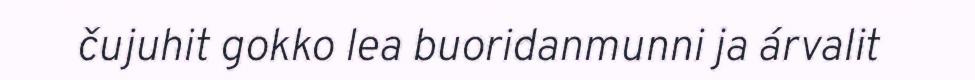
čujuhit gokko lea buoridanmunni ja árvalit